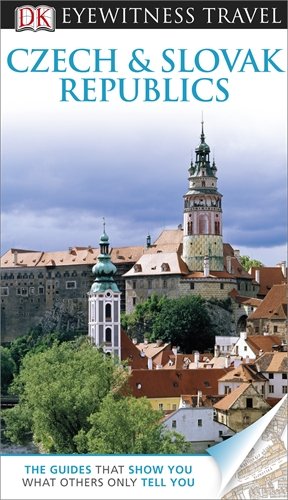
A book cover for DK Eyewitness Travel Guide: Czech and Slovak Republics; Travel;